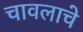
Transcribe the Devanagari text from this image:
चावलाचे